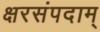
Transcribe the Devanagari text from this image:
क्षरसंपदाम्